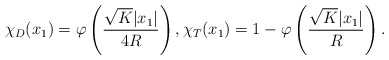
\begin{align*}\chi_D(x_1) = \varphi\left(\frac{\sqrt{K} |x_1|}{4R}\right), \chi_T(x_1) = 1-\varphi\left(\frac{\sqrt{K} |x_1|}{R}\right). \end{align*}